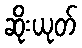
ဆိုးယုတ်